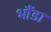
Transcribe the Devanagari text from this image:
भौंडा